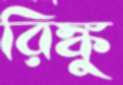
রিঙ্কু